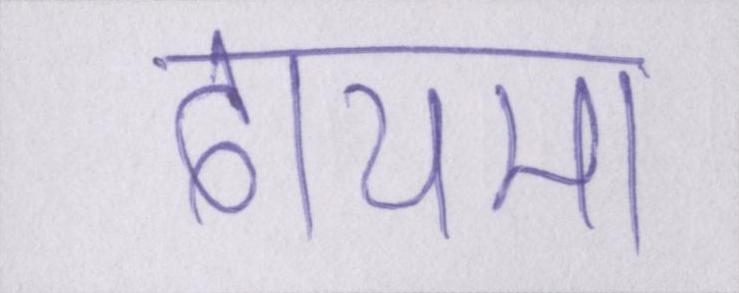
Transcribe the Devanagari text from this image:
दायमा